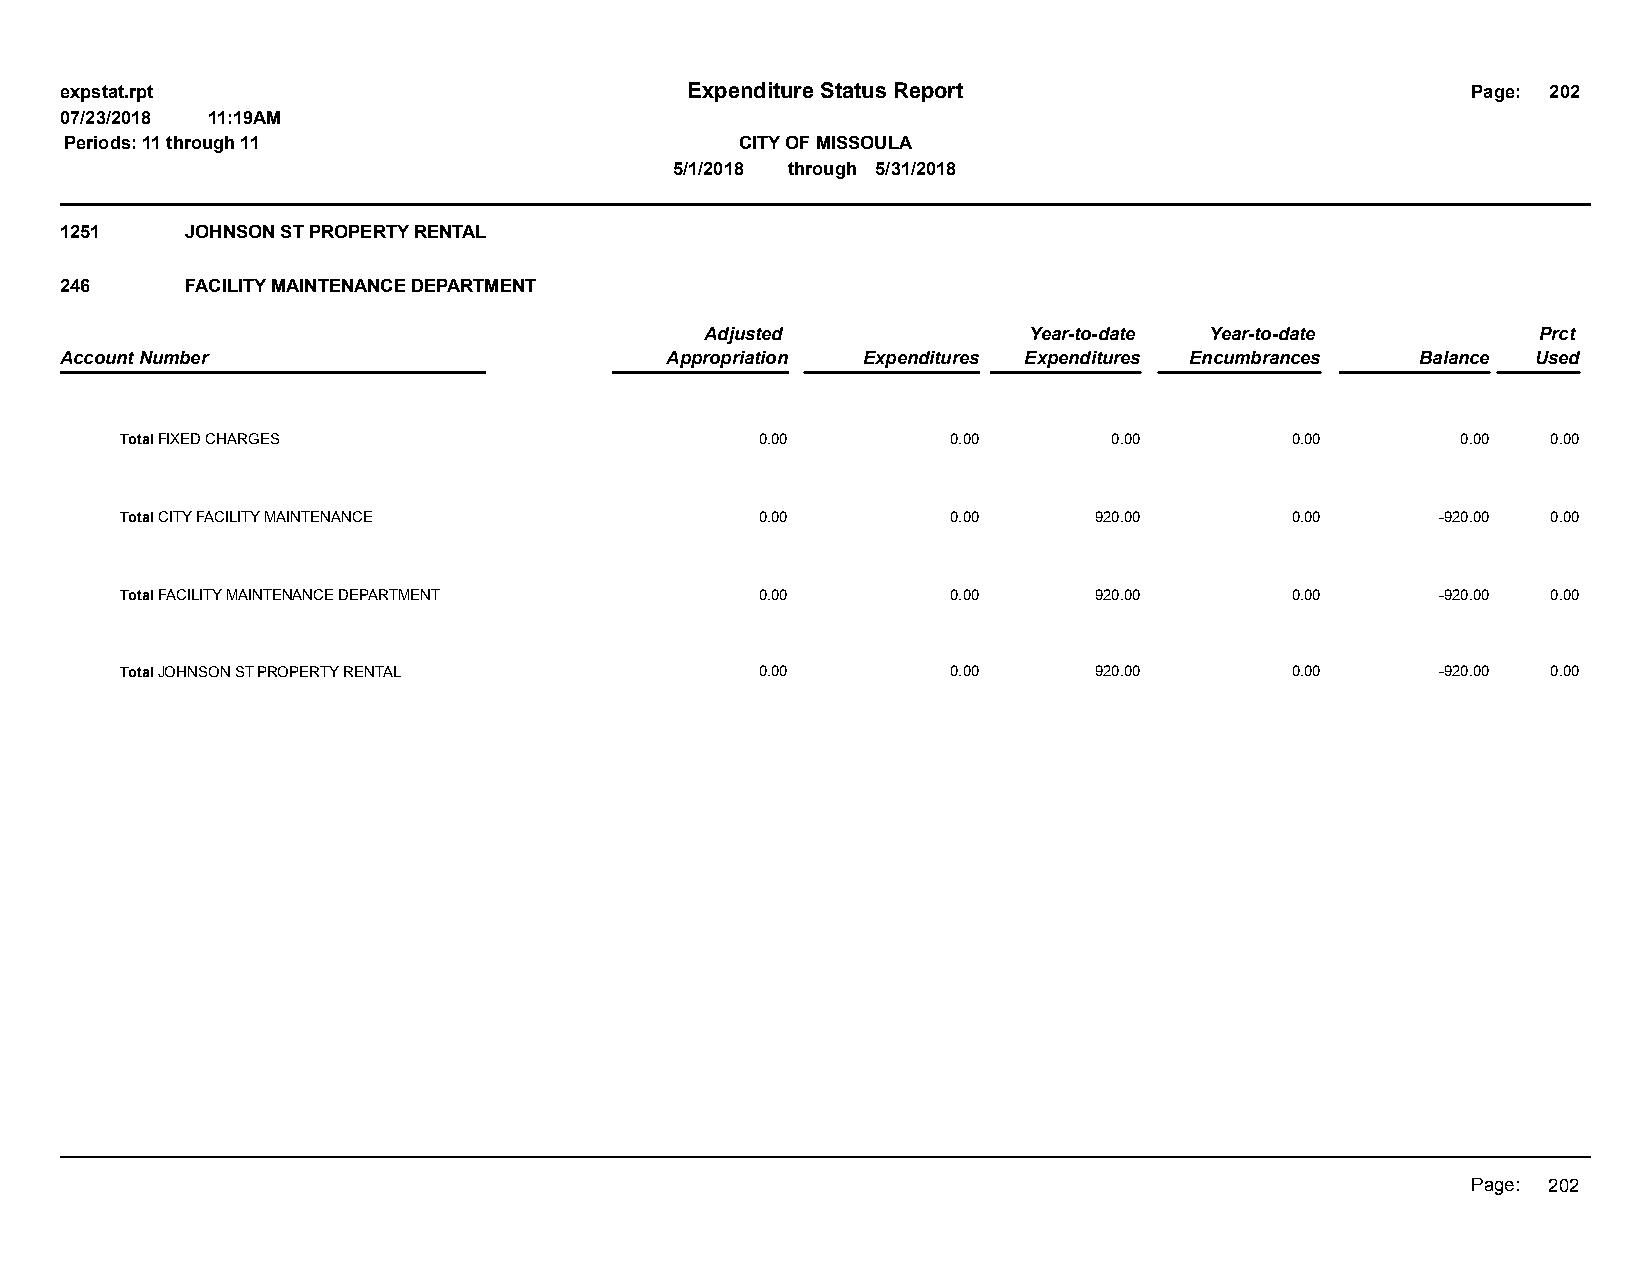
expstat.rpt                              Expenditure Status Report                           Page: 202
 07/23/2018 11:19AM
 Periods: 11 through 11                       CITY OF MISSOULA
 5/1/2018 through 5/31/2018
 1251    JOHNSON ST PROPERTY RENTAL
 246     FACILITY MAINTENANCE DEPARTMENT
 Adjusted             Year-to-date Year-to-date         Prct
 Account Number                          Appropriation Expenditures Expenditures Encumbrances Balance Used
 Total FIXED CHARGES                       0.00         0.00       0.00       0.00        0.00  0.00
 Total CITY FACILITY MAINTENANCE           0.00         0.00     920.00       0.00      -920.00 0.00
 Total FACILITY MAINTENANCE DEPARTMENT     0.00         0.00     920.00       0.00      -920.00 0.00
 Total JOHNSON ST PROPERTY RENTAL          0.00         0.00     920.00       0.00      -920.00 0.00
 Page: 202